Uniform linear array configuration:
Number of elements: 12
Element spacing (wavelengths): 0.25
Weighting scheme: cosine
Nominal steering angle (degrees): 0
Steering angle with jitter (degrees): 1.924
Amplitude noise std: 0.05
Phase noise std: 0.05

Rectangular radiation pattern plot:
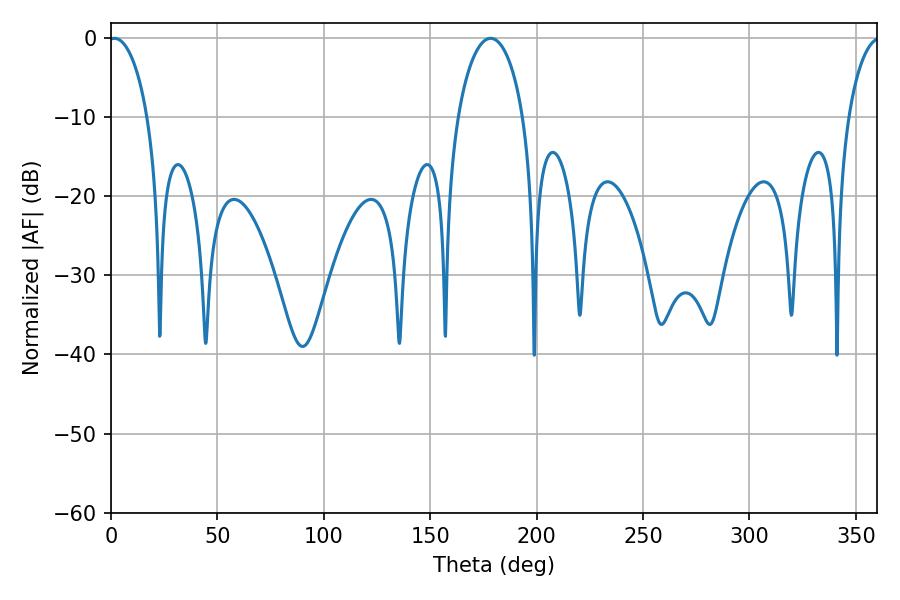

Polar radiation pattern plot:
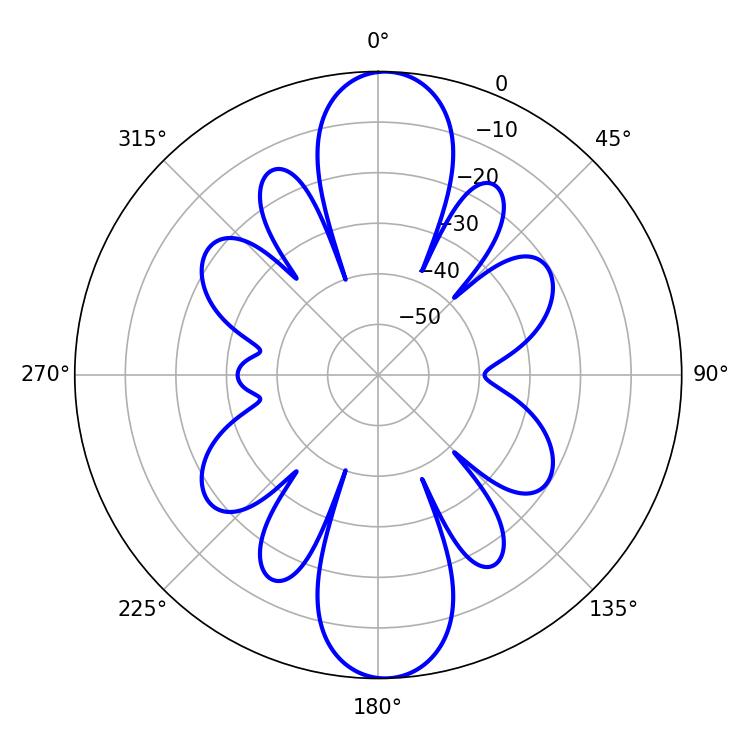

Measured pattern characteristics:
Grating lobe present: FALSE
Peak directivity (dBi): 21.247
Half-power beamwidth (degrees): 10.44
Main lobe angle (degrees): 1.62